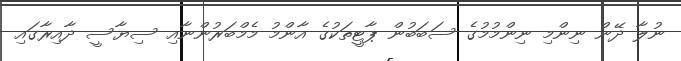
ނުލާ ދޭން ނިންމި ނިންމުމުގެ ސަބަބުން ޕާޓީތަކުގެ އާންމު މެމްބަރުންނާއި ސިޔާސީ ދާއިރާގައި